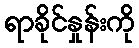
ရာခိုင်နှုန်းကို